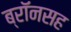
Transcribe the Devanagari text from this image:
ब्रॉनसह